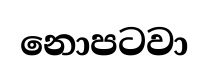
නොපටවා